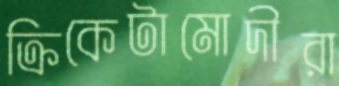
ক্রিকেটামোদীরা